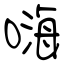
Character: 嗨